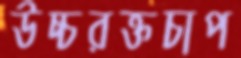
উচ্চরক্তচাপ